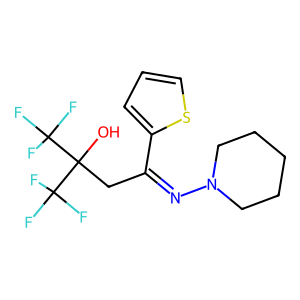
SMILES: OC(CC(=NN1CCCCC1)c1cccs1)(C(F)(F)F)C(F)(F)F
Inhibits HIV replication: No